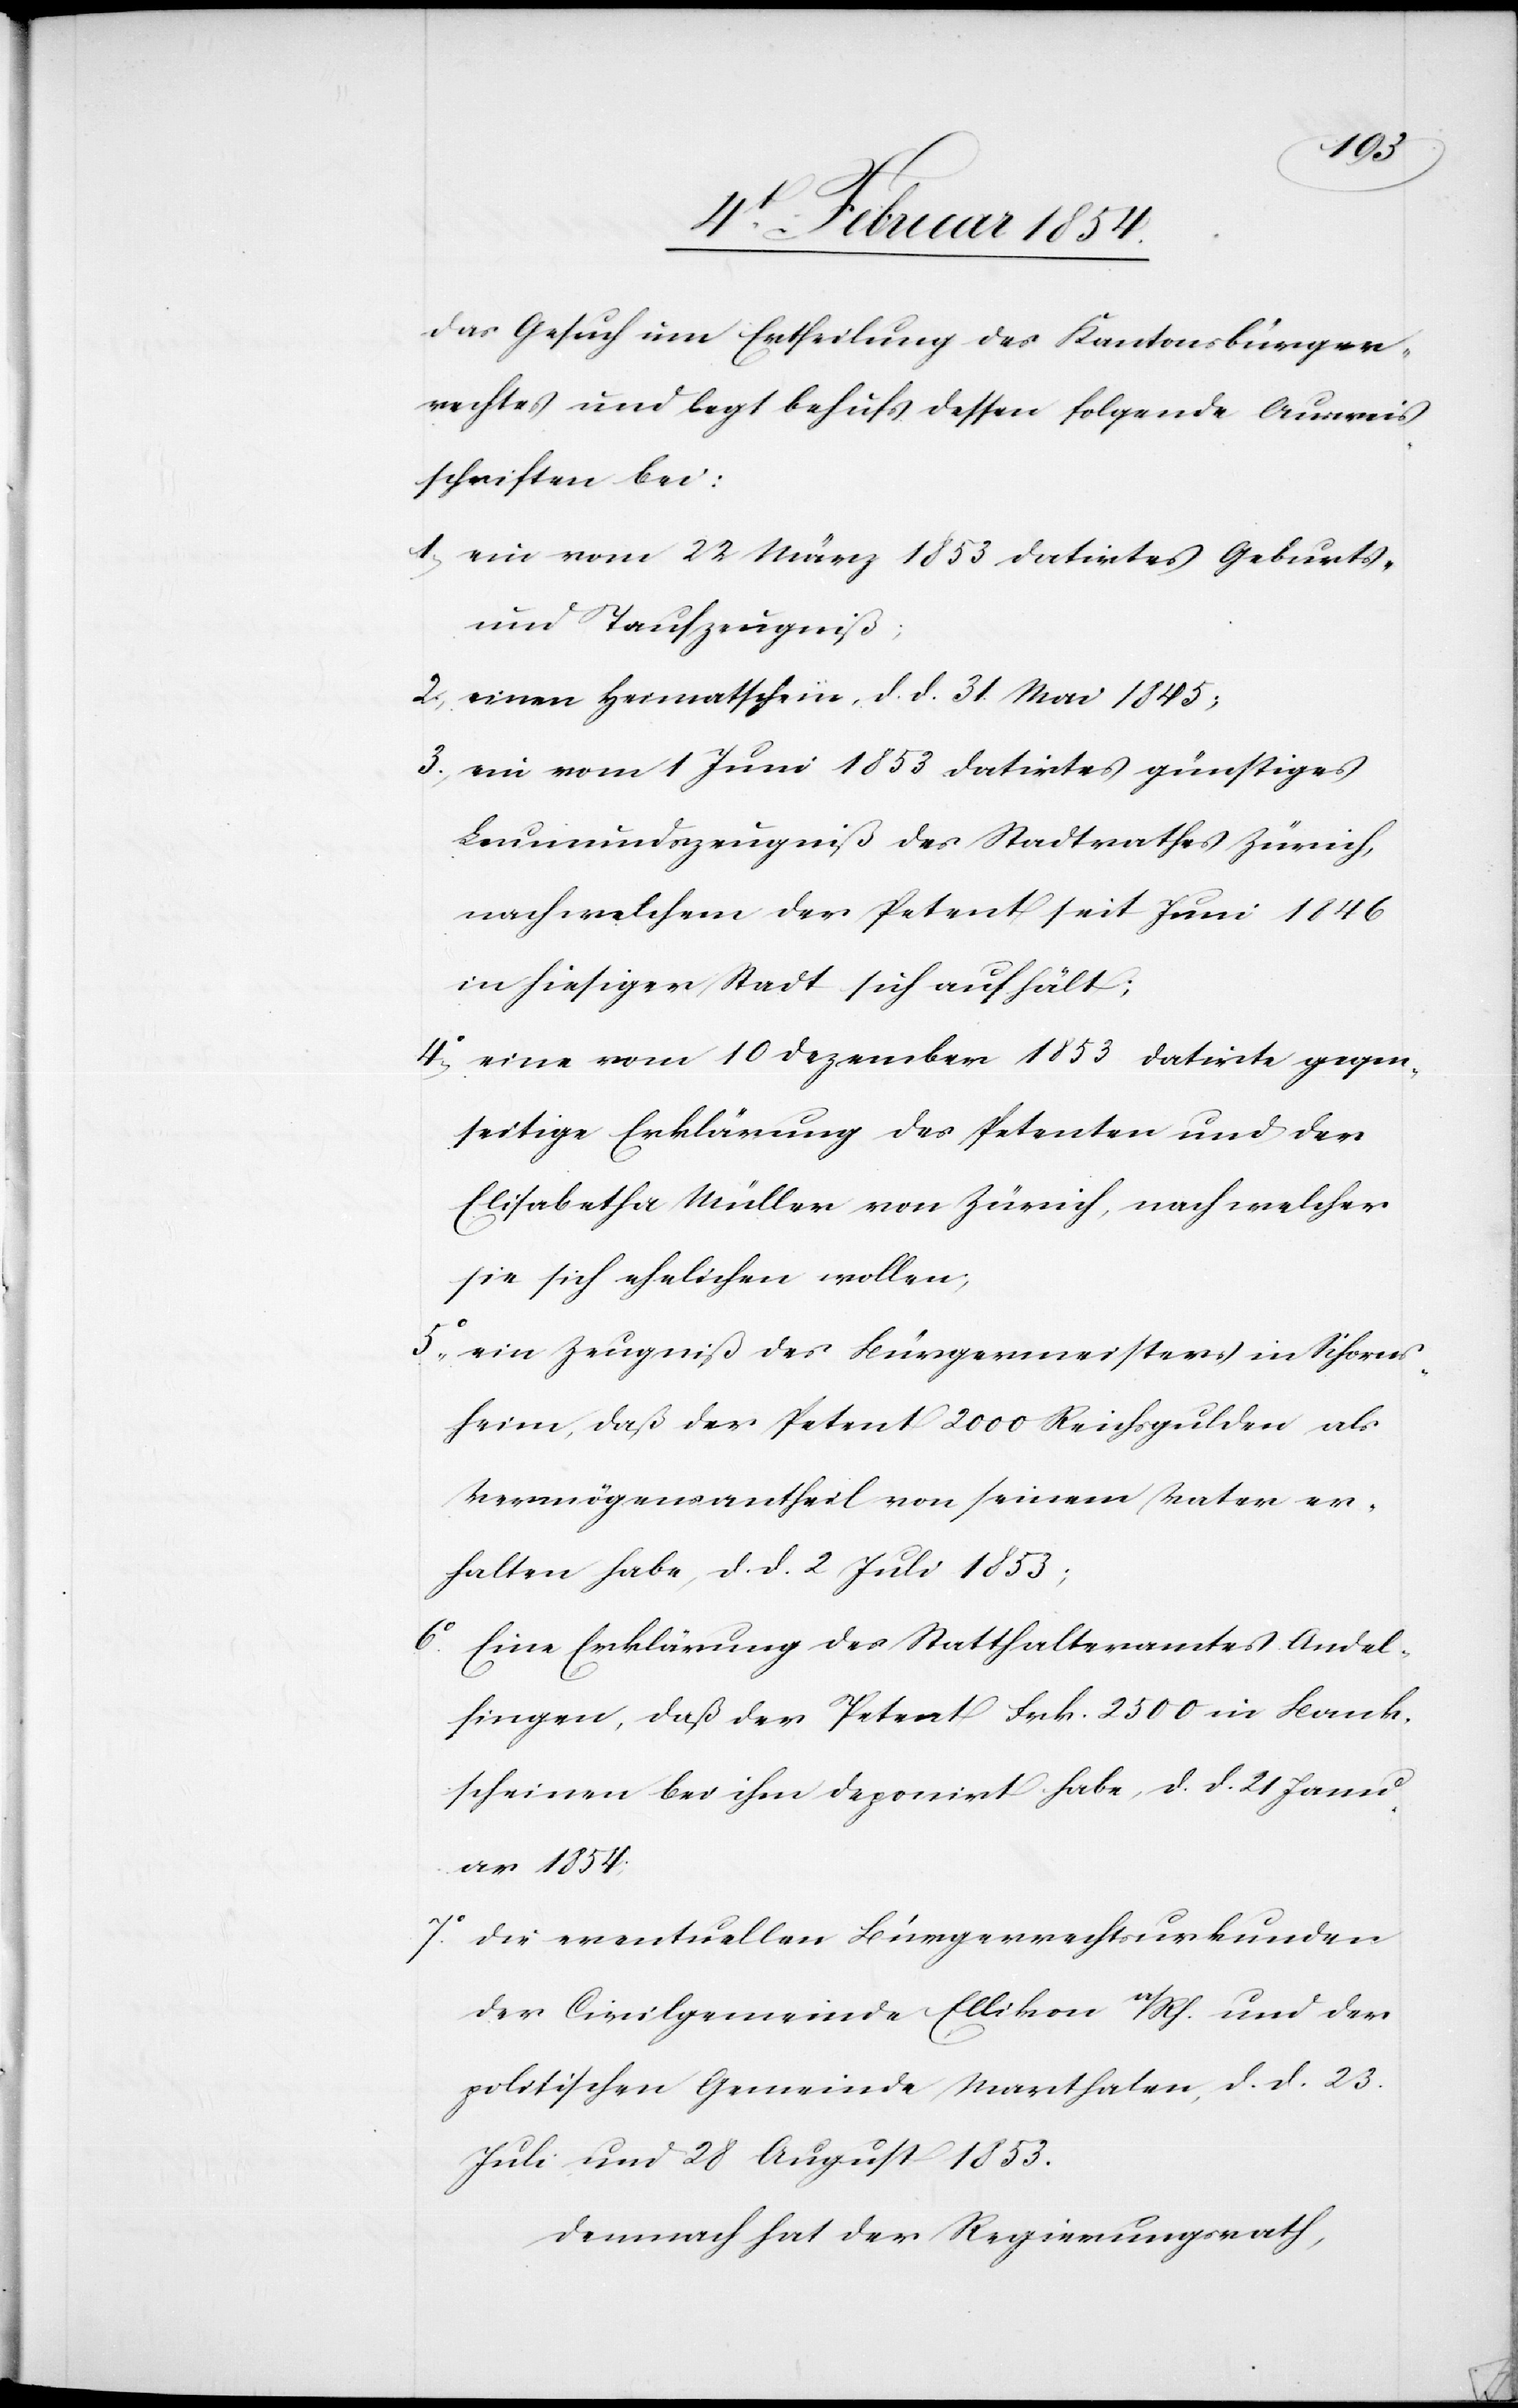
das Gesuch um Ertheilung des Kantonsbürger¬
rechtes und legt behufs dessen folgende Ausweis¬
schriften bei:
1. ein vom 22 März 1853 datirtes Geburts-
und Taufzeugniß;
2. einen Heimatschein, d. d. 31. Mai 1845;
ein vom 1 Juni 1853 datirtes günstiges
Leumundszeugniß des Stadtrathes Zürich,
nach welchem der Petent seit Juni 1846
in hiesiger Stadt sich aufhält;
4o eine vom 10 Dezember 1853 datirte gegen¬
seitige Erklärung des Petenten und der
Elisabetha Müller von Zürich, nach welcher
sie sich ehelichen wollen;
5o ein Zeugniß des Bürgermeisters in Schorns¬
heim, daß der Petent 2000 Reichsgulden als
Vermögensantheil von seinem Vater er¬
halten habe, d. d. 2 Juli 1853;
6o Eine Erklärung des Statthalteramtes Andel¬
fingen, daß der Petent Frk. 2500 in Bank¬
scheinen bei ihm deponirt habe, d. d. 21 Janu¬
ar 1854.
7o Die eventuelle Bürgerrechtsurkunden
der Civilgemeinde Ellikon a/Rh. und der
politischen Gemeinde Marthalen, d. d. 23.
Juli und 28 August 1853.
Demnach hat der Regierungsrath,